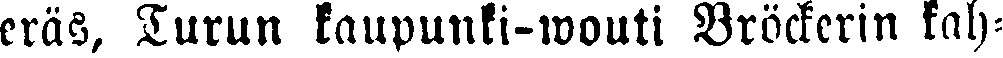
eräs, Turun kaupunki-wouti Bröckcrin kah-